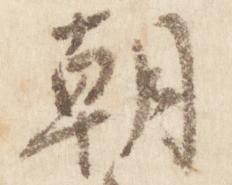
朝